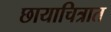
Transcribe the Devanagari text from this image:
छायाचित्रात